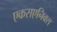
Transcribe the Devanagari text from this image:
एकसएनिक्स